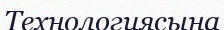
Технологиясына